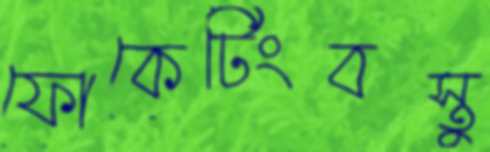
ফোকেটিংবস্তু